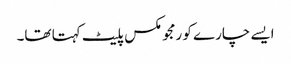
ایسے چارے کو رمجو مکس پلیٹ کہتا تھا۔